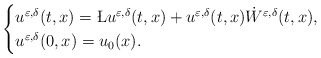
\begin{align*}\begin{cases}u^{\varepsilon, \delta}(t,x)=\L u^{\varepsilon, \delta}(t,x)+u^{\varepsilon, \delta}(t,x)\dot W^{\varepsilon, \delta}(t,x),\\u^{\varepsilon,\delta}(0,x)=u_0(x).\end{cases}\end{align*}